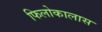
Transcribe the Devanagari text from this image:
फिलोकालास